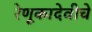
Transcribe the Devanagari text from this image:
रेणूकादेवीचे